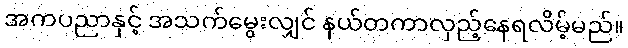
အကပညာနှင့် အသက်မွေးလျှင် နယ်တကာလှည့်နေရလိမ့်မည်။